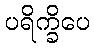
ပရိက္ခိပေ